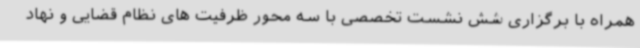
همراه با برگزاری شش نشست تخصصی با سه محور ظرفیت های نظام قضایی و نهاد